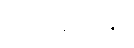
ပီယာမသိချေ။